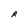
Character: R